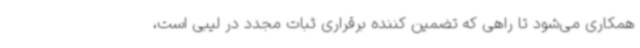
همکاری می‌شود تا راهی که تضمین کننده برقراری ثبات مجدد در لیبی است،